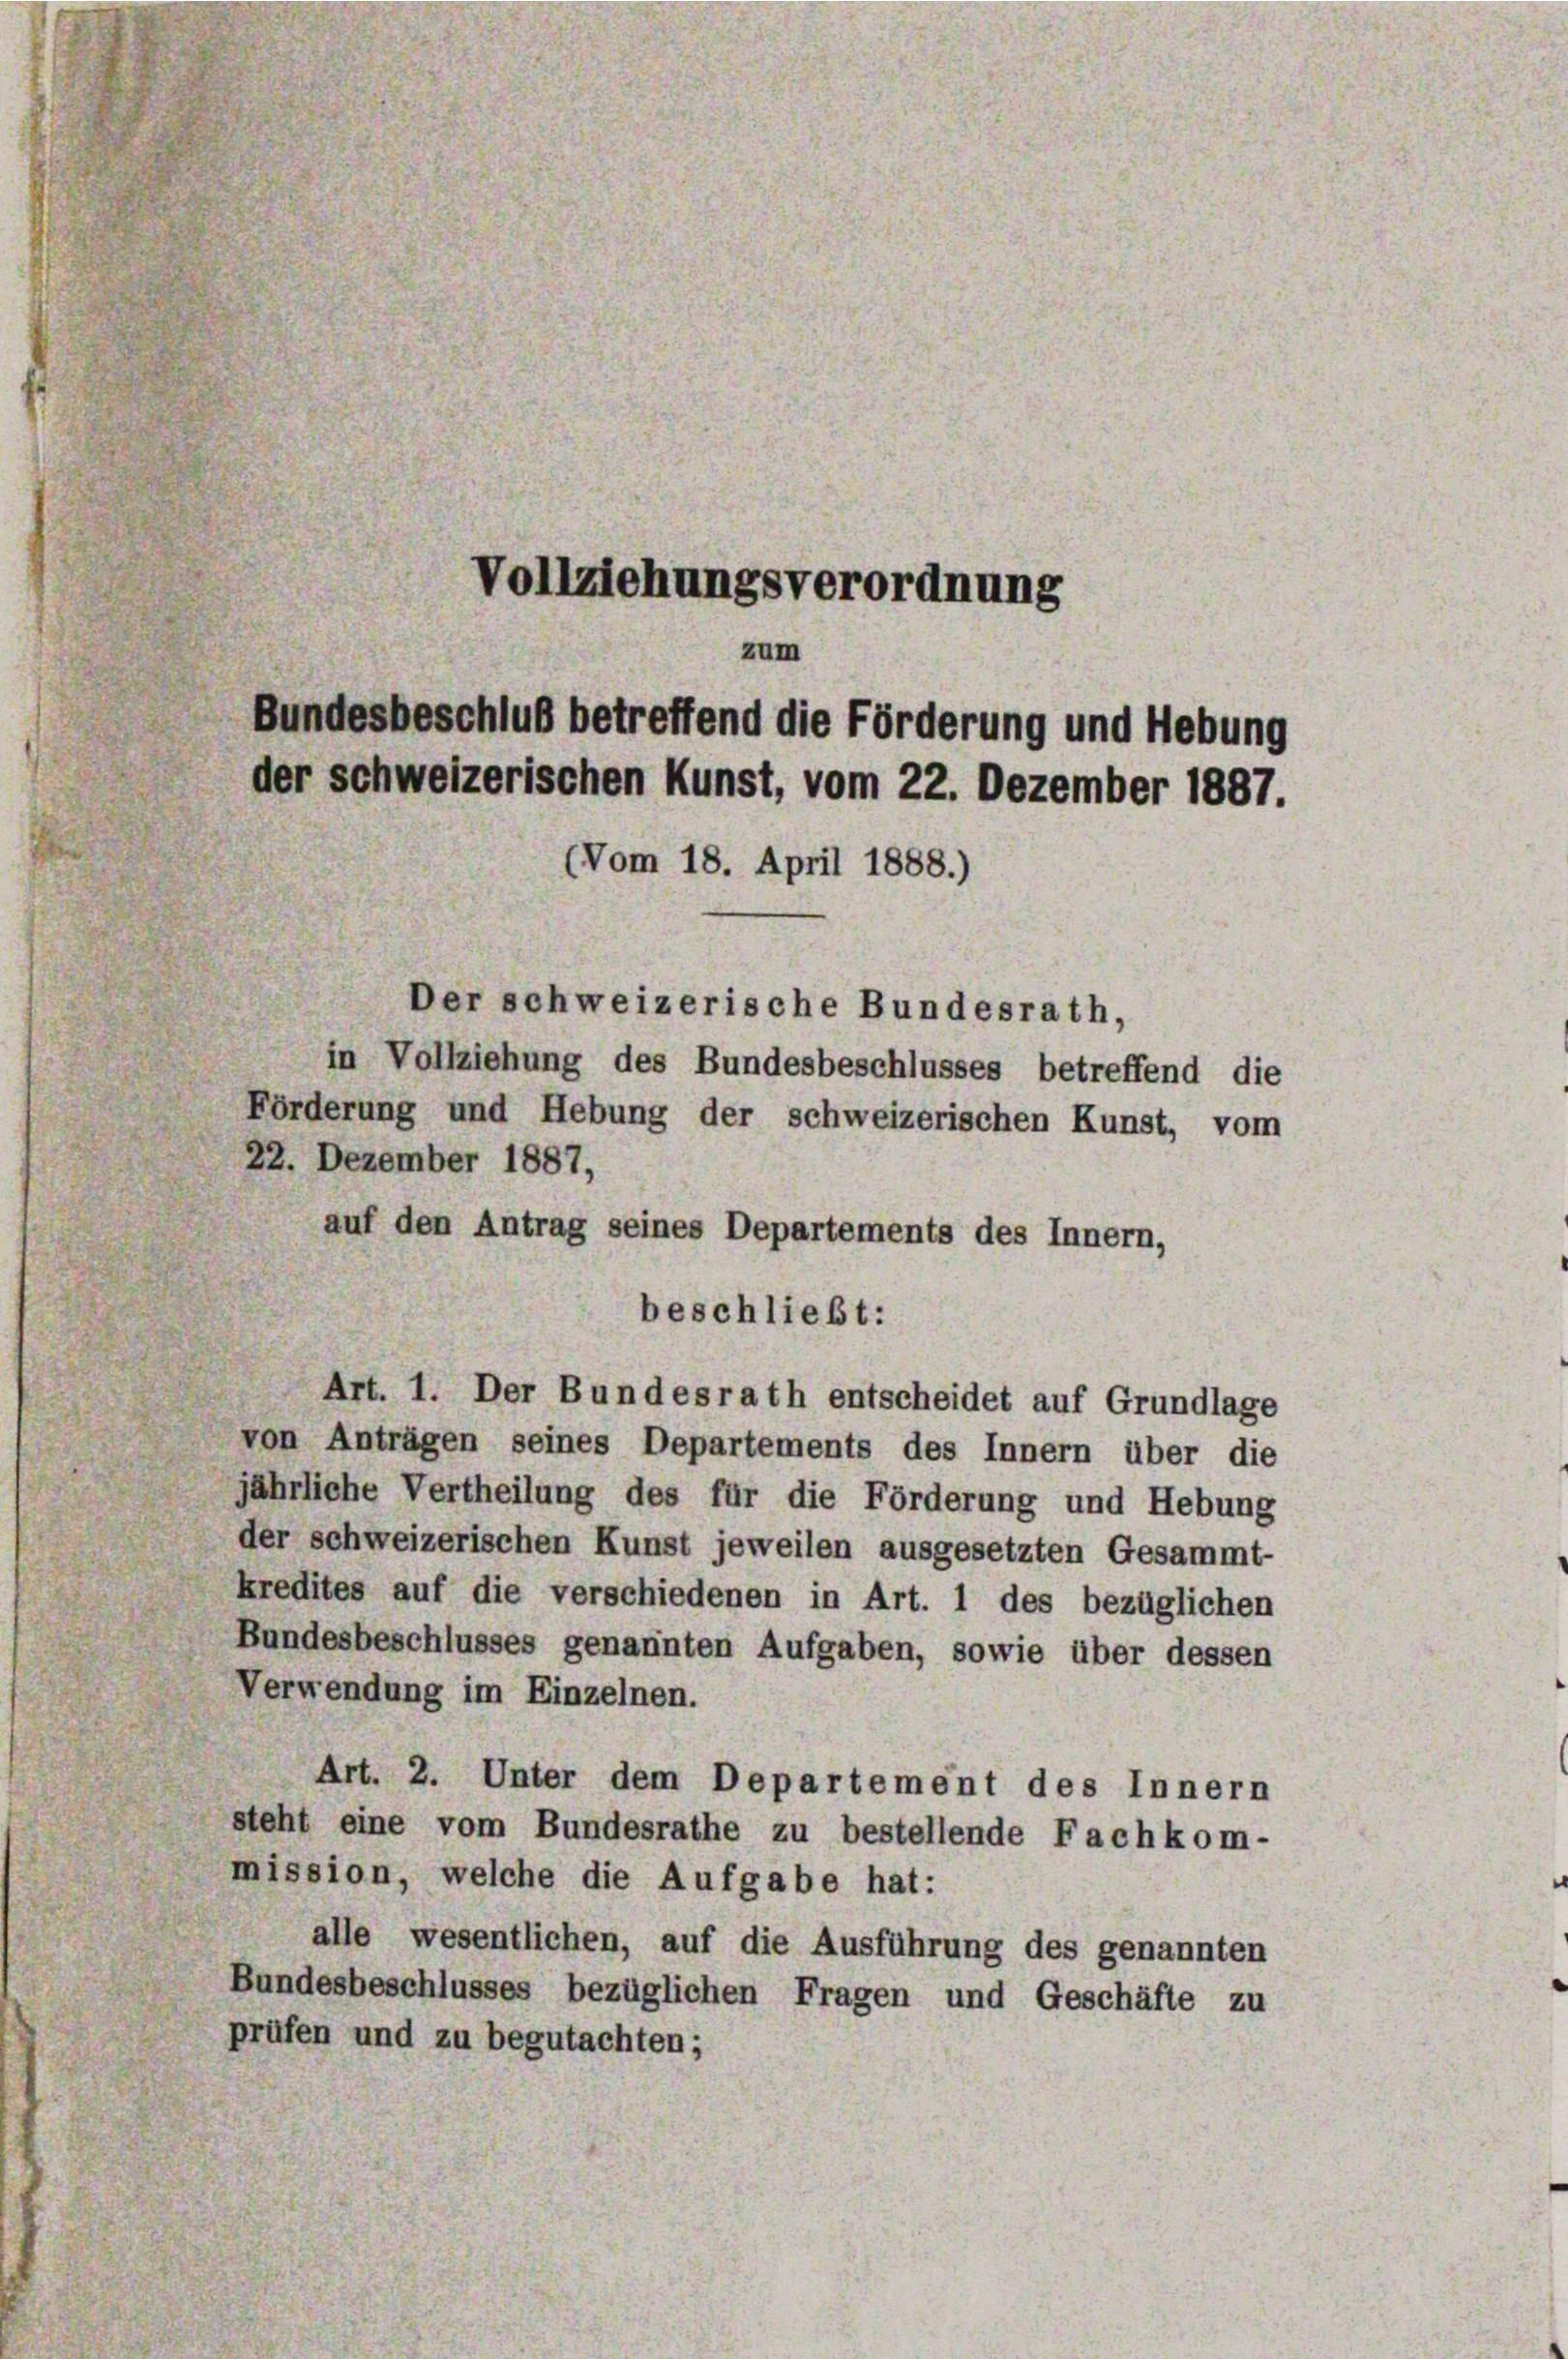
in Vollziehung des Bundesbeschlusses betreffend die
Förderung und Hebung der schweizerischen Kunst, vom
22. Dezember 1887,
auf den Antrag seines Departements des Innern,
beschließt:
Art. 1. Der Bundesrath entscheidet auf Grundlage
von Anträgen seines Departements des Innern über die
jährliche Vertheilung des für die Förderung und Hebung
der schweizerischen Kunst jeweilen ausgesetzten Gesammt-
kredites auf die verschiedenen in Art. 1 des bezüglichen
Bundesbeschlusses genannten Aufgaben, sowie über dessen
Verwendung im Einzelnen.
Art. 2. Unter dem Departement des Innern
steht eine vom Bundesrathe zu bestellende Fachkom-
mission, welche die Aufgabe hat:
alle wesentlichen, auf die Ausführung des genannten
Bundesbeschlusses bezüglichen Fragen und Geschäfte zu
prüfen und zu begutachten;

Vollziehungsverordnung
zum
Bundesbeschluß betreffend die Förderung und Hebung
der schweizerischen Kunst, vom 22. Dezember 1887.
(Vom 18. April 1888.)

Der schweizerische Bundesrath,